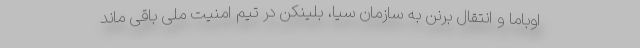
اوباما و انتقال برنن به سازمان سیا، بلینکن در تیم امنیت ملی باقی ماند